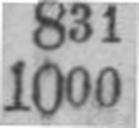
1000